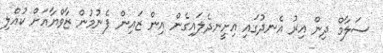
ސަލާމް ދިން އިރު އެނދުގައި އިށީނދެލައިގެން އިން ޒައިން ފެނުމުން ޒާވްޔާއަށް ކުއްލި